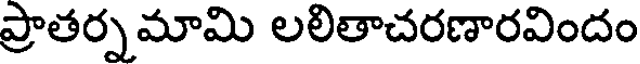
ప్రాతర్నమామి లలితాచరణారవిందం